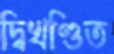
দ্বিখণ্ডিত